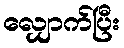
လျှောက်ပြီး